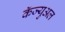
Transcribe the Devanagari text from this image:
कॅज्युअल